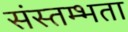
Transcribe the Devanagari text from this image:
संस्तम्भता